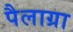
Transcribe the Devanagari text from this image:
पैलाग्रा